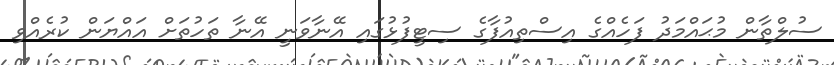
ސުލްތާން މުޙައްމަދު ފަހެއްގެ އިސްތިއުފާގެ ސިޓީފުޅުގައި އޭނާވަނީ އޭނާ ތަހުތަށް އައްޔަން ކުރެއްވި